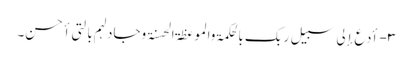
۳- أدع إلی سبیل ربک بالحکمۃ والموعظۃ الحسنۃ وجادلہم بالتی أحسن۔